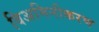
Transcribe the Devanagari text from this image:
विअमिनीकरण